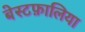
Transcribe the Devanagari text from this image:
बेस्टफ़ालिया